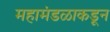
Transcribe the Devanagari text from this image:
महामंडळाकडून